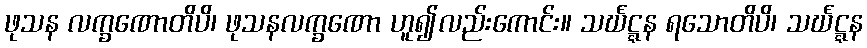
ဖုသန လက္ခဏောတိပိ၊ ဖုသနလက္ခဏော ဟူ၍လည်းကောင်း။ သင်္ဃဋ္ဋန ရသောတိပိ၊ သင်္ဃဋ္ဋန